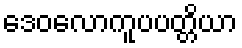
ဒေဝလောကူပပတ္တိယာ